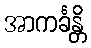
အာကင်္ခန္တိ